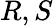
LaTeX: R,S